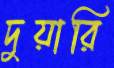
দুয়ারি